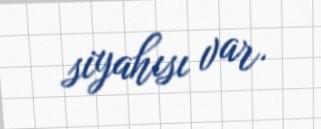
siyahısı var.